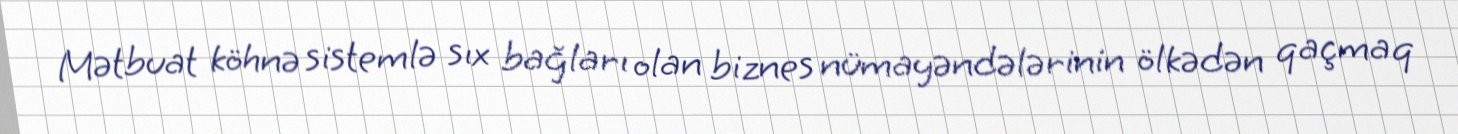
Mətbuat köhnə sistemlə sıx bağları olan biznes nümayəndələrinin ölkədən qaçmaq